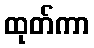
ထုတ်ကာ